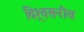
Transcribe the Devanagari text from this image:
विश्र्वसनीय